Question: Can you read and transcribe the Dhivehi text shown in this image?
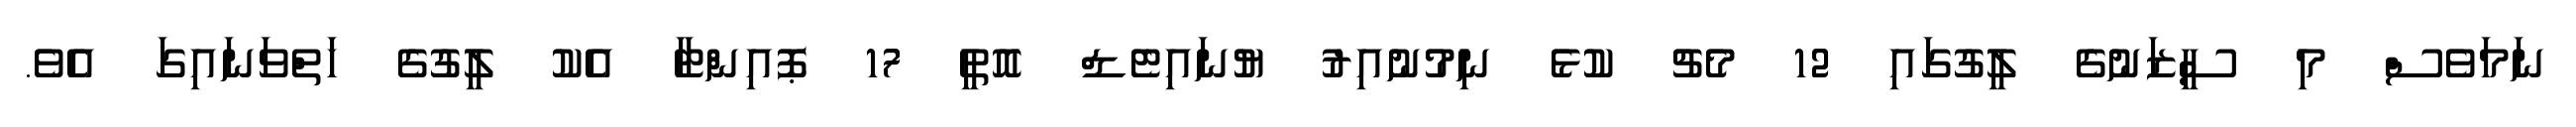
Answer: ނަމަވެސް މި ސީޒަނުގެ ލީގުގައި 12 މެޗު ކުޅެ ނިމުނުއިރު ޔުނައިޓެޑް އޮތީ 17 ޕޮއިންޓާ އެކު ލީގުގެ ހަތްވަނައިގަ އެވެ.